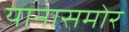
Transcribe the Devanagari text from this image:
यानासमोर